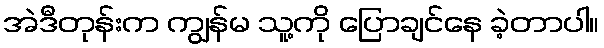
အဲဒီတုန်းက ကျွန်မ သူ့ကို ပြောချင်နေ ခဲ့တာပါ။